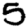
Digit: 5